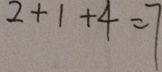
2 + 1 + 4 = 7